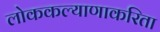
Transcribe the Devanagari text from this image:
लोककल्याणाकरिता